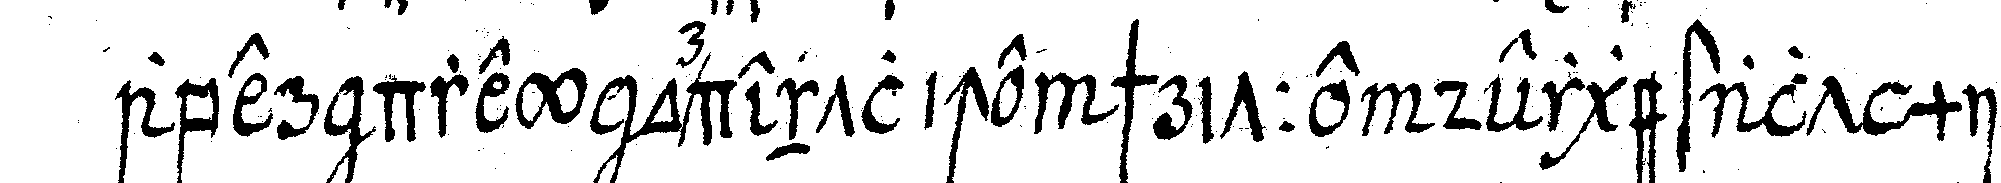
aber drey ordentliche schritte dergestalt mit